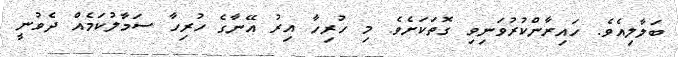
ބަލާލިއެވެ. ހައިރާންކުރުވަނިވި ގޮތަކަށެވެ. މި ހުރިހާ އިރު އޭނާގެ ހުރިހާ ސަމާލުކަމެއް ދެވުނީ